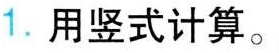
1.用竖式计算。